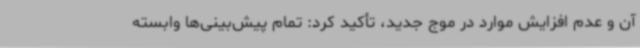
آن و عدم افزایش موارد در موج جدید، تأکید کرد: تمام پیش‌بینی‌ها وابسته